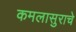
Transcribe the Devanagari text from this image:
कमलासुराचे